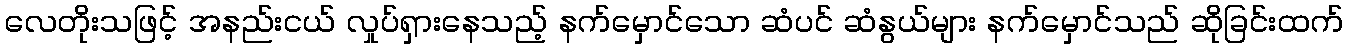
လေတိုးသဖြင့် အနည်းငယ် လှုပ်ရှားနေသည့် နက်မှောင်သော ဆံပင် ဆံနွယ်များ နက်မှောင်သည် ဆိုခြင်းထက်